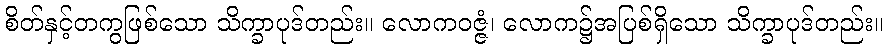
စိတ်နှင့်တကွဖြစ်သော သိက္ခာပုဒ်တည်း။ လောကဝဇ္ဇံ၊ လောက၌အပြစ်ရှိသော သိက္ခာပုဒ်တည်း။